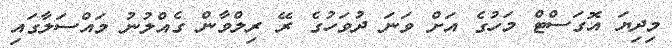
މިދިޔަ އޮގަސްޓް މަހުގެ އަށް ވަނަ ދުވަހުގެ ރޭ ރިލްވާން ގެއްލުނު މައްސަލާގައި